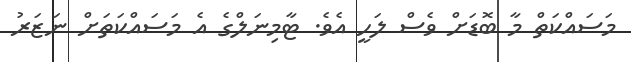
މަސައްކަތް މާ ބޮޑަށް ވެސް ލަހީ އެވެ. ޓާމިނަލްގެ އެ މަސައްކަތަށް ނަޒަރު